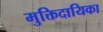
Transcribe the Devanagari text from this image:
मुक्तिदायिका